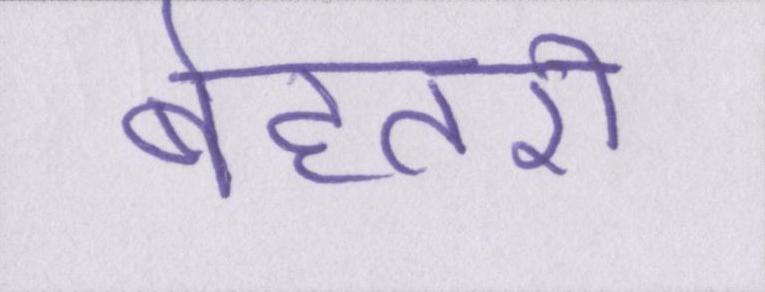
बेहतरी